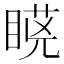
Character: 𭿆